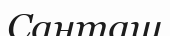
Санташ